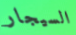
السيجار